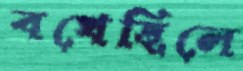
বখেছিলে